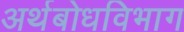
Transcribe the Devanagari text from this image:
अर्थबोधविभाग